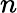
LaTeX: \displaystyle n